Civil Veterinary Dept. Bombay admin report 1914-1922 - 1914-1922
Year: 1914
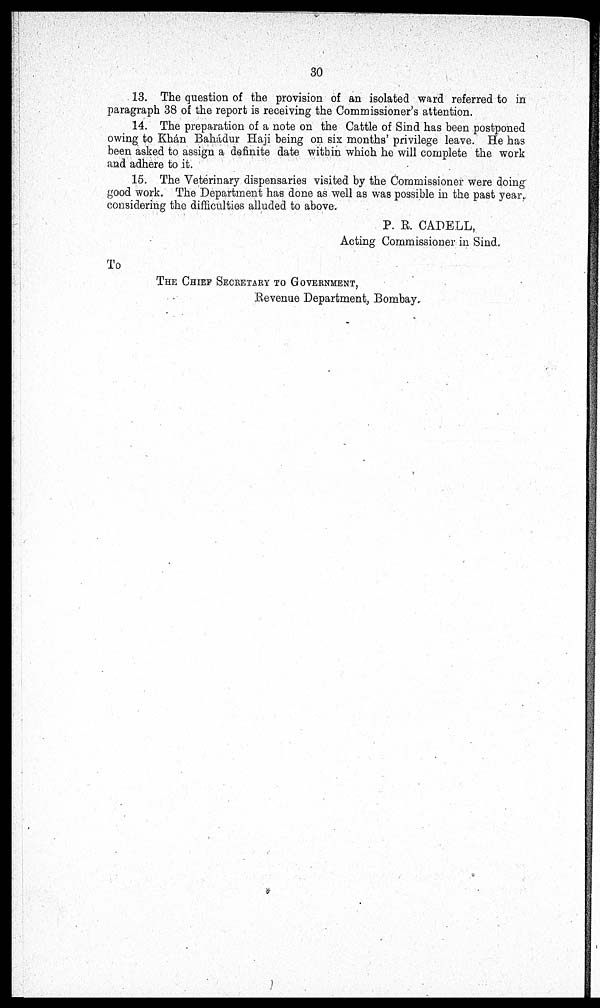
30
13. The question of the provision of an isolated ward referred to in
paragraph 38 of the report is receiving the Commissioner's attention.
14. The preparation of a note on the Cattle of Sind has been postponed
owing to Khán Bahádur Haji being on six months' privilege leave. He has
been asked to assign a definite date within which he will complete the work
and adhere to it.
15. The Veterinary dispensaries visited by the Commissioner were doing
good work. The Department has done as well as was possible in the past year,
considering the difficulties alluded to above.
P. R. CADELL,
Acting Commissioner in Sind,
To
THE CHIEF SECRETARY GOVERNMERNT,
Revenue Department, Bombay.